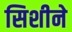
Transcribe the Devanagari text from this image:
सिशीने